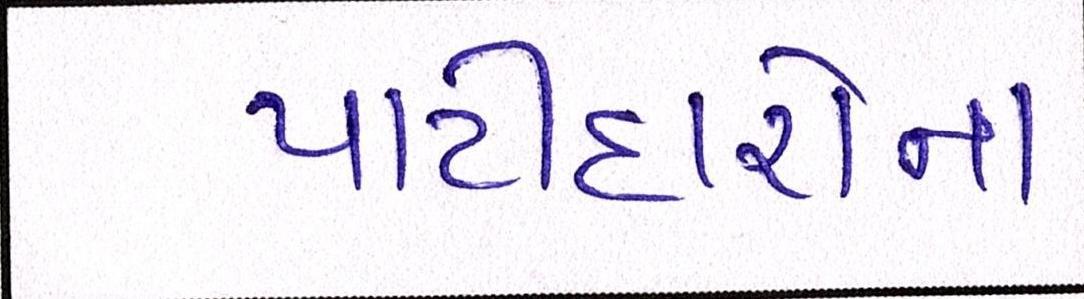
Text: પાટીદારોનાં